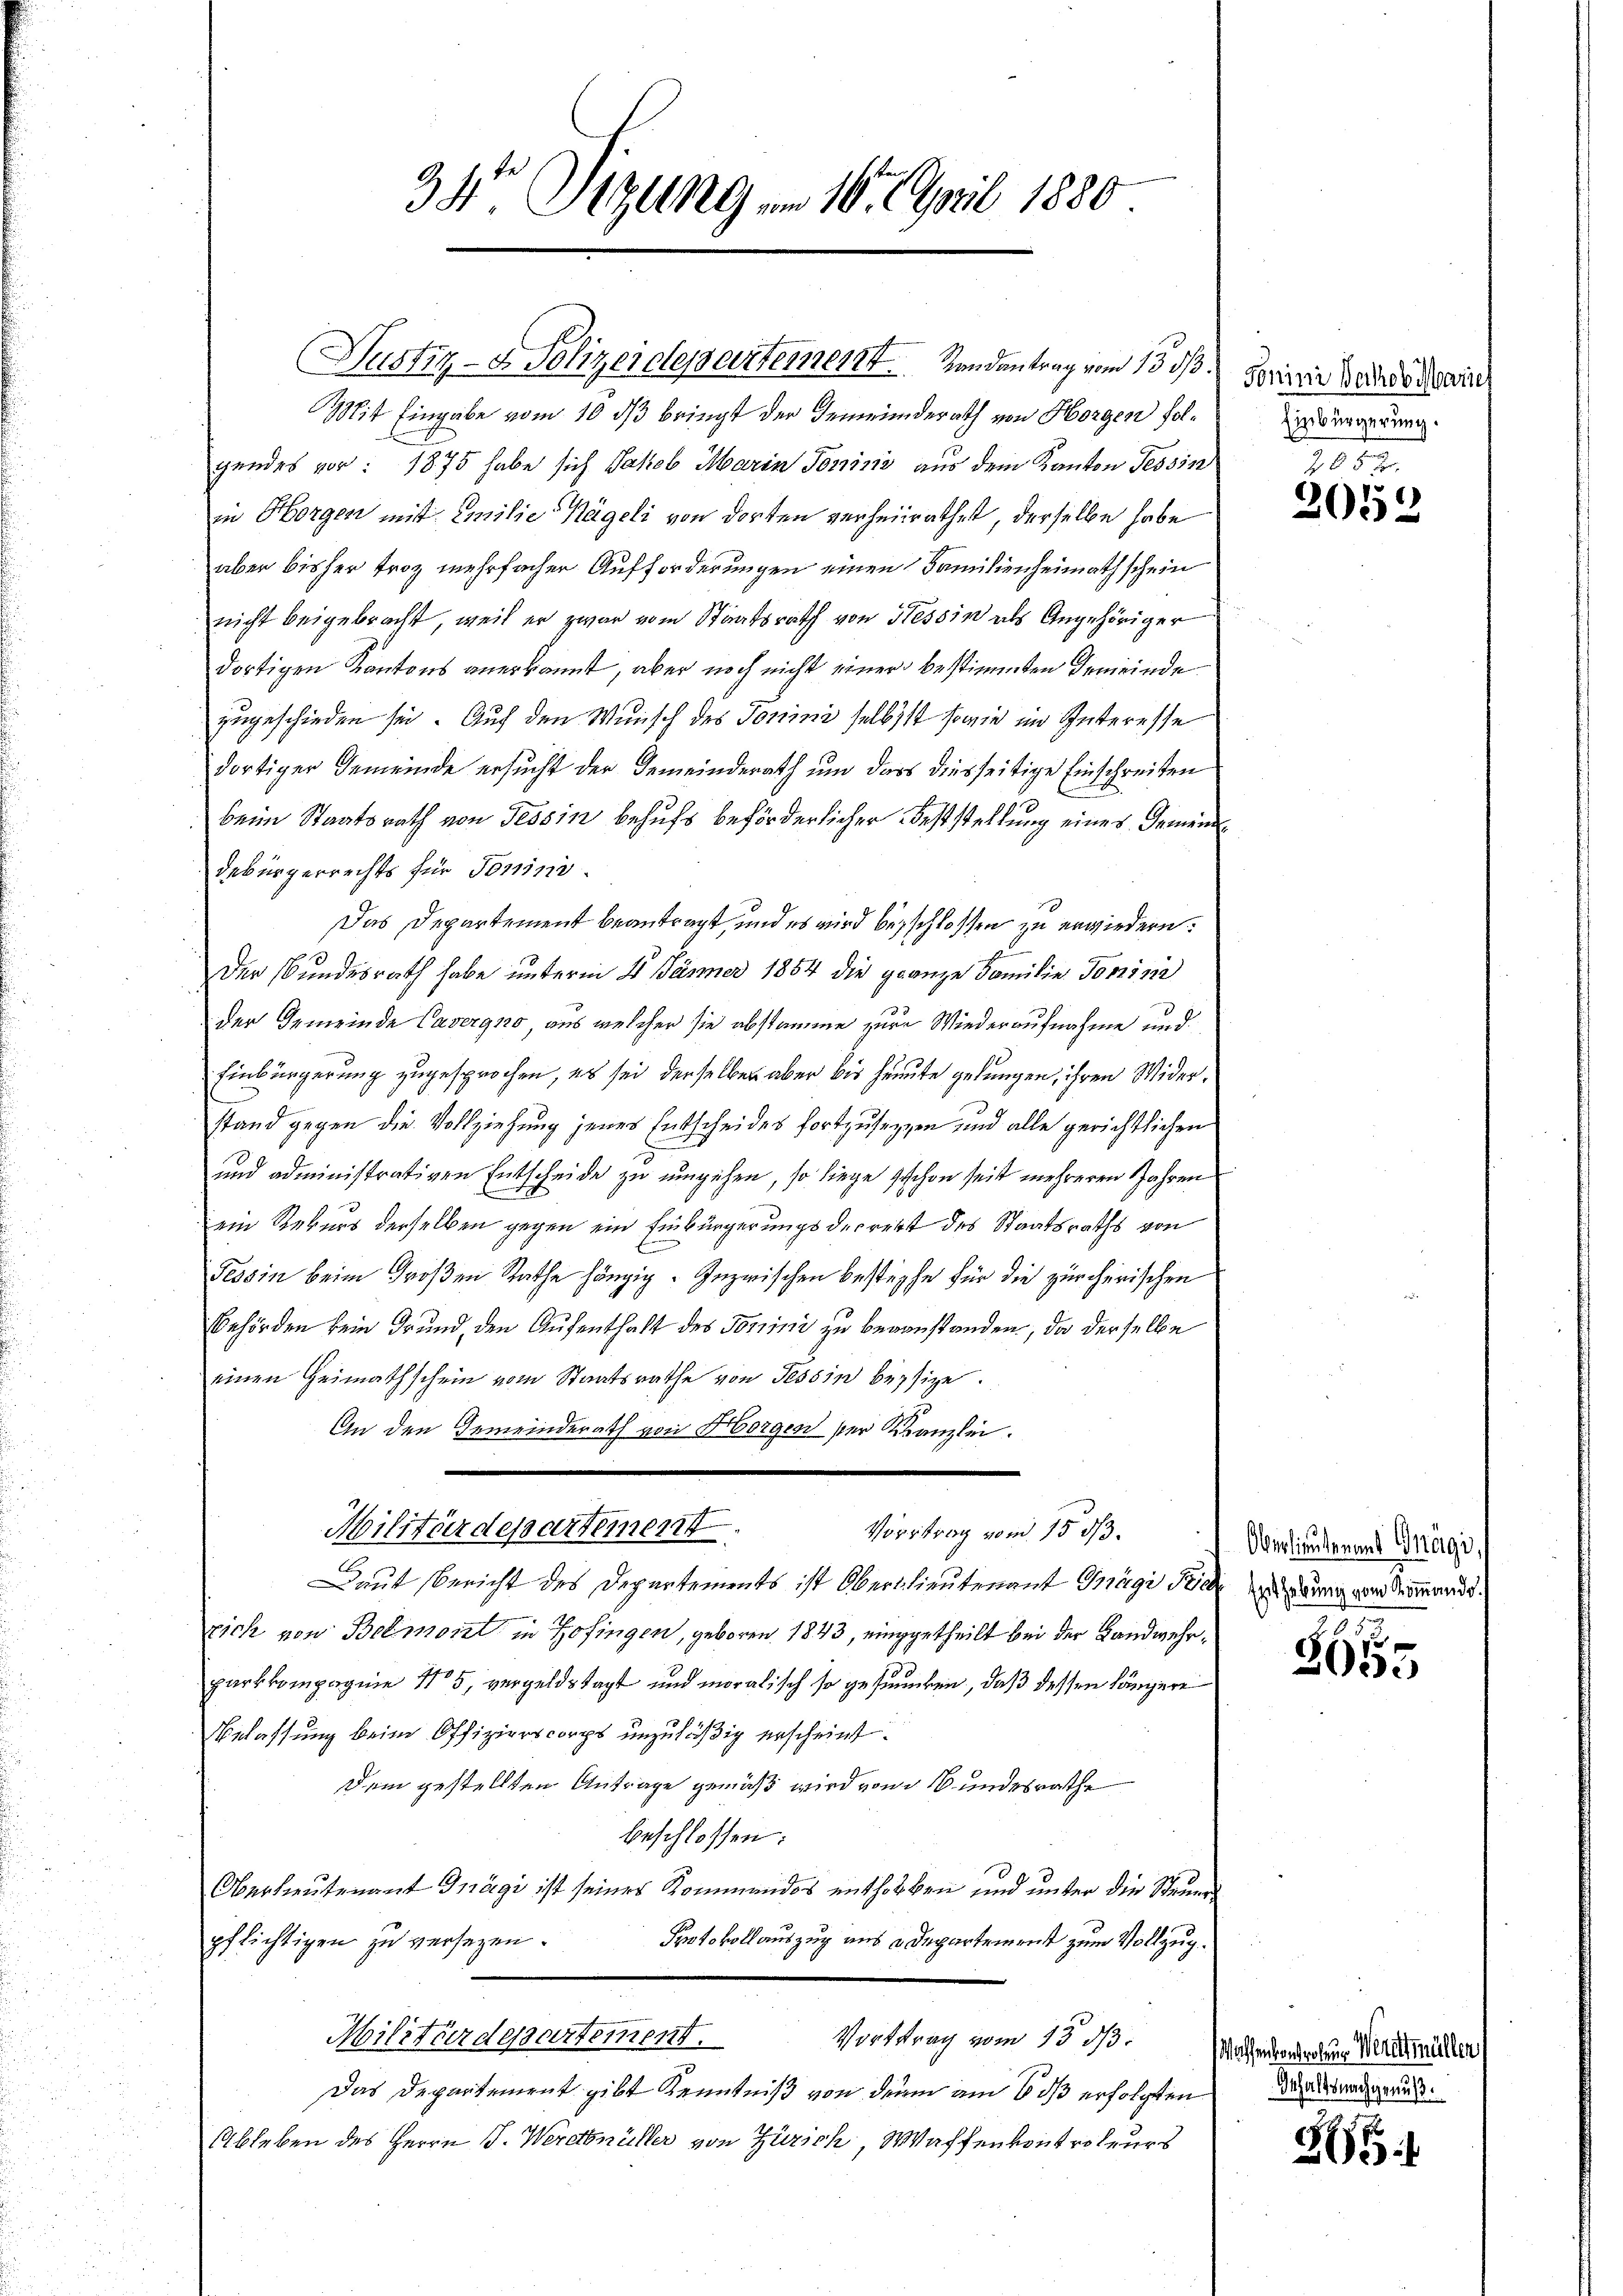
34 Sizung vom 10. April 1880

(Justiz- & Polizeidepartement . . . .   Handantrag vom 13. ds.
Mit Eingabe vom 10. ds bringt der Gemeinderath von Horgen folgendes vor: 1875 habe sich Jakob Marin Toninić aus dem Kanton Tessin
in Horgen mit Emilie Nägeli von dorten verheirathet, derselbe habe
aber bisher Froz mehrfacher Aufforderungen einen Familienheimathschein
nicht beigebracht, weil er zwar vom Staatsrath von Tessin als Angehöriger
dortigen Kantons anerkannt, aber noch nicht einer bestimmten Gemeinde
zugeschieden sei. Auf den Wunsch des Tonini selbst sowie im Interesse
dortiger Gemeinde ersucht der Gemeinderath um dass diesseitige Einschreiben
beim Staatsrath von Tessin behufs beförderlicher Feststellung eines Deinen
debürgerrechts für Tonimi-
Das Departement beantragt, und es wird beschlossen zu erwiedern.
2
Der Bundesrath habe unterm 4. Jänner 1854 die ganze Familie Tonis
der Gemeinde Cavergno, aus welcher sie abstamme zur Wiederaufnahme und
Einbürgerung zugesprochen, es sei derselben aber bis heute gelungen, ihren Widerstand gegen die Vollziehung jenes Entscheides fortzusetzen und alle gerichtlichen
und administrativen Entscheide zu umgehen, so liege geschon seit mehreren Jahren
ein Rekurs derselben gegen ein Einbürgerungsdecrett des Staatsraths von
Tessin beim Großen Rathe hängig. Inzwischen bestiphe für die zürcherischen
Behörden kein Grund, den Aufenthalt des Tomini zu bevorstanden, da derselbe
einen Heimathschein vom Staatsrathe von Tessin beysize.
An den Gemeinderath von Horgen der Kanzlei.
Militärdepartement.
Vortrag vom 15 1/3.
Daut Bericht des Departements ist Oberlieutenant Gägi Bichung von Seemande
rich von Beimont in Hofingen, geboren 1843, eingetheilt bei der Handwehrparkkompagnie 115, vergeldstagt und moralisch so gesunken, daß dessen längere
Belassung beim Offizierscorps unzuläßig erscheint.
Dem gestellten Antrage gemäß wird von 16 undesrathe
beschlossen:
Oberlieutenant Gnägi ist seiner Kommandos enthorben und unter die Steuepflichtigen zu versezen.
Protokollauszug aus Departement zum Vollzug.
Militärdepartement.
Vortrag vom 13. ds.
Das Departement gibt Kenntniß von der am 6 dß erfolgten
Ableben des Herrn J. Werdmüller von Zürich, Waffenkontroleurs

Fonini Wackob Mariel
Einbürgerung.

208 x
2052

Oberlieutenans Prägi,

.
2055

Waffenkontrolen Werdmüllen
Gehaltsnachgenuß.

2